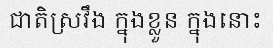
ជាតិស្រវឹង ក្នុងខ្លួន ក្នុងនោះ